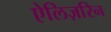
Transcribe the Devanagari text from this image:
ऐलिज़रिन